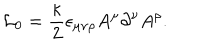
{ \cal L } _ { 0 } = \frac { \kappa } { 2 } \epsilon _ { \mu \nu \rho } A ^ { \mu } \partial ^ { \nu } A ^ { \rho } .